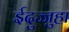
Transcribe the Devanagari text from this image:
ईदुज्जुहा